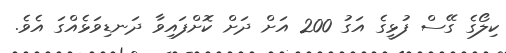
ކިލޯގެ ގޭސް ފުޅީގެ އަގު 200 އަށް ދަށް ކޮށްފައިވާ ދަނޑިވަޅެއްގަ އެވެ.